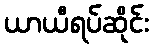
ယာယီရပ်ဆိုင်း